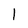
Character: 1